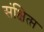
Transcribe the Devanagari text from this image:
संक्षित्प्त